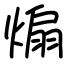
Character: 煽